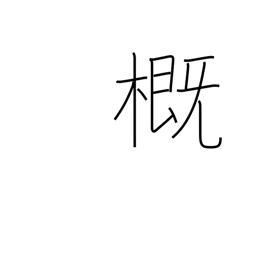
Meaning: approximation